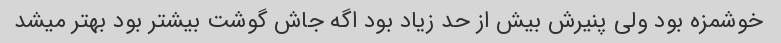
خوشمزه بود ولی پنیرش بیش از حد زیاد بود اگه جاش گوشت بیشتر بود بهتر میشد